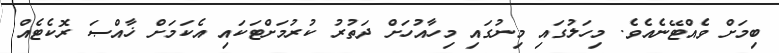
ބިމަށް ވެއްޓޭނެއެވެ. މިހަލުގައި މިނުގައި މިހާއުހަށް ދަތުރު ކުރުމަށްޓަކައި އެކަމަށް ޚާއްޞަ ރޮކެޓެއް